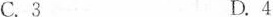
C.3 D.4